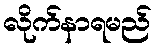
လိုက်နာရမည်